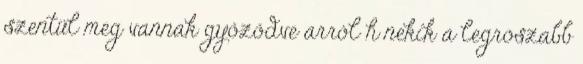
szentül meg vannak győződve arról h nekik a legroszabb